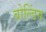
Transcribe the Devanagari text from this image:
बोल्डिंग